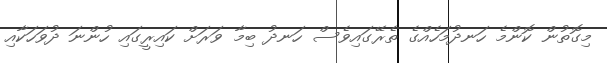
މިގޮތުން ކޮންމެ ހަނދުމަހެއްގެ ތެރޭގައިވެސް ހަނދު ބިމާ ވަރަށް ކައިރީގައި ހުންނަ ދުވަހަކާއި